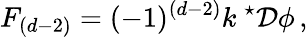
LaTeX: F_{(d-2)}=(-1)^{(d-2)}k\ {}^{\star}{\cal D}\phi\, ,